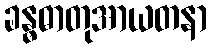
ခန္ဓဓာတုအာယတနာ